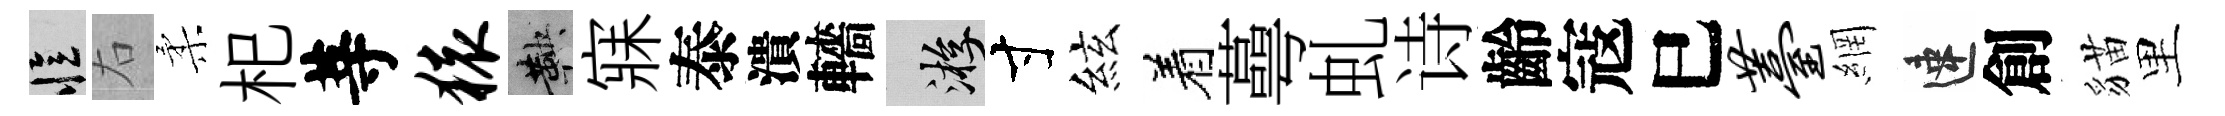
忆右柔𣏌䓁猿鞅寐泰潰轖游寸絃着蕚虬诗齡寇巳薹網速創貓里